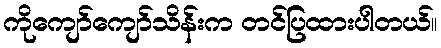
ကိုကျော်ကျော်သိန်းက တင်ပြထားပါတယ်။